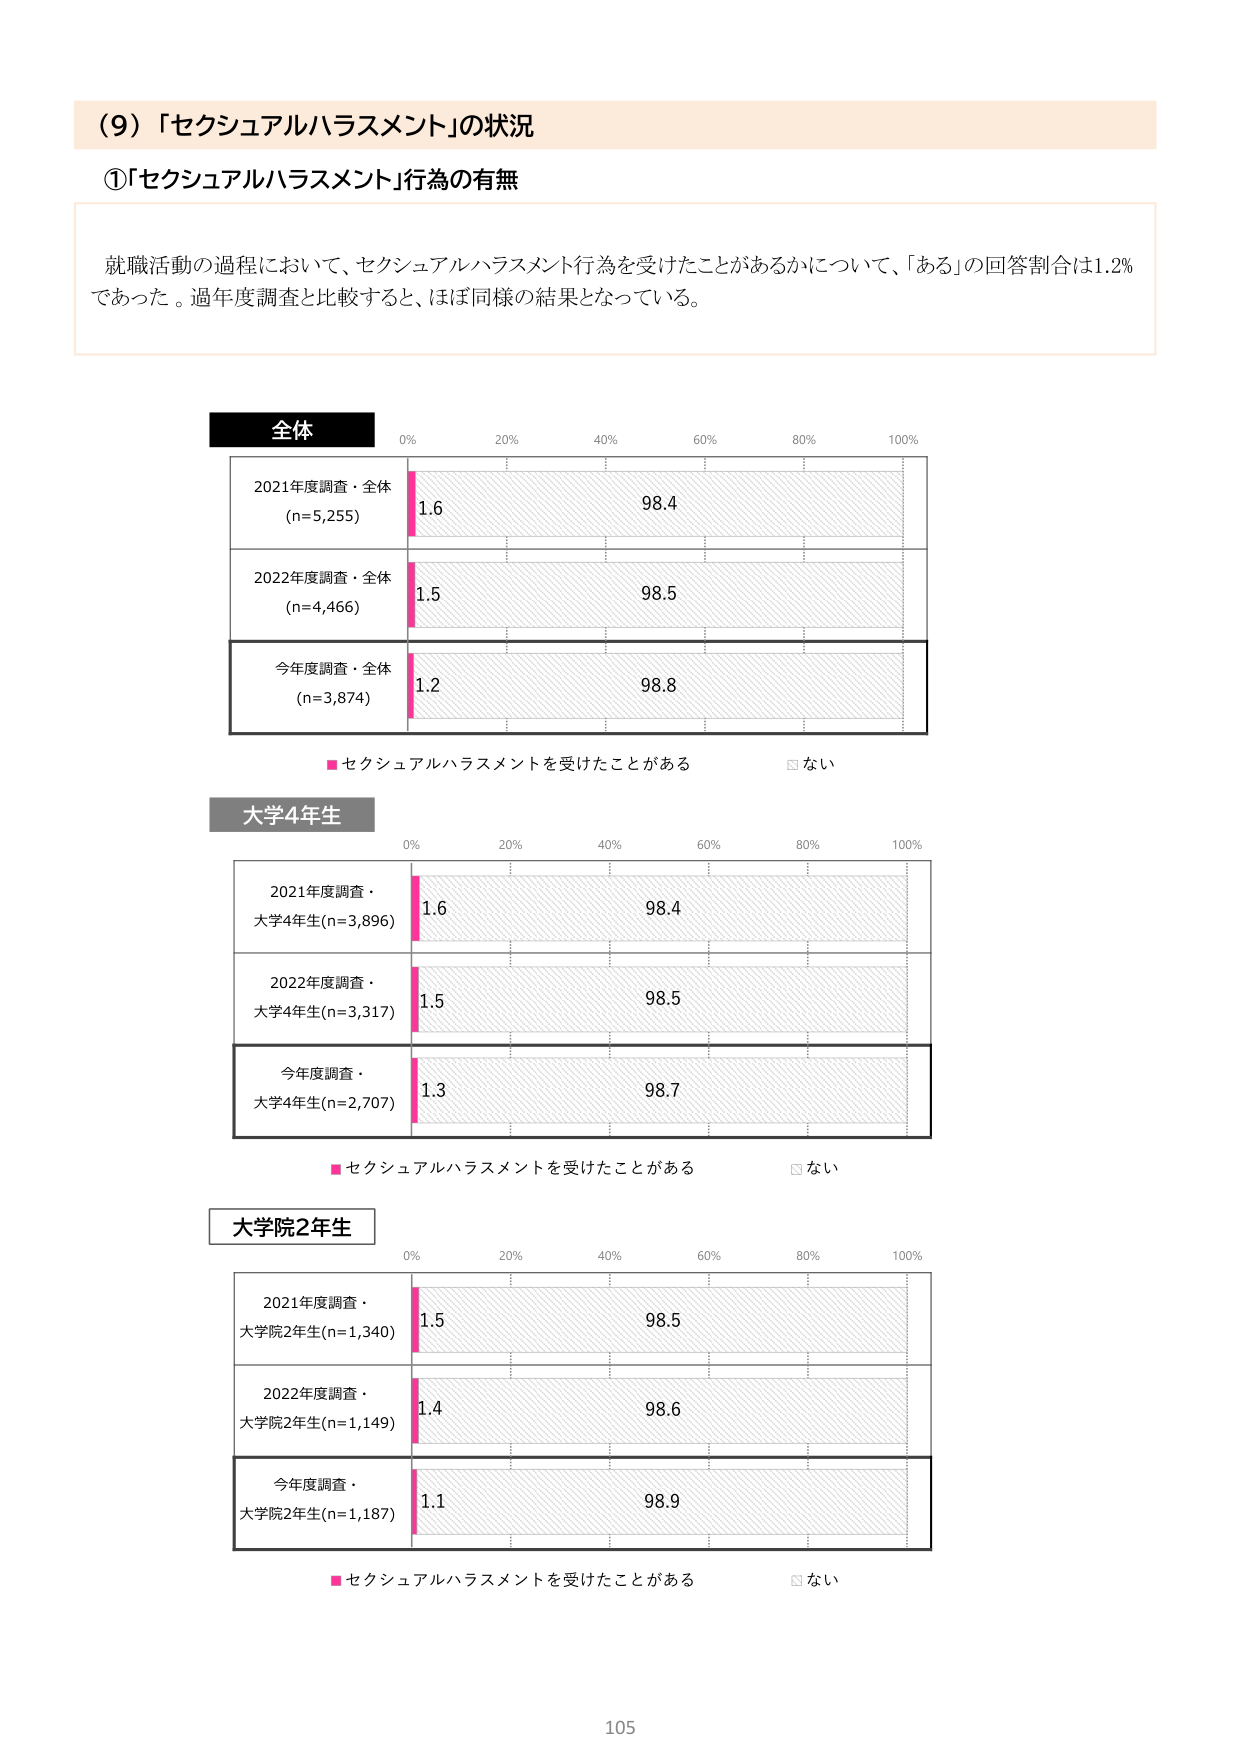
(9) 「セクシャルハラスメント」の状況

①「セクシャルハラスメント」行為の有無

就職活動の過程において、セクシャルハラスメント行為を受けたことがあるかについて、「ある」の回答割合は1.2%であった。過年度調査と比較すると、ほぼ同様の結果となっている。

全体
0% 20% 40% 60% 80% 100%
2021年度調査・全体 (n=5,255) 1.6 98.4
2022年度調査・全体 (n=4,466) 1.5 98.5
今年度調査・全体 (n=3,874) 1.2 98.8
■セクシャルハラスメントを受けたことがある □ない

大学4年生
0% 20% 40% 60% 80% 100%
2021年度調査・大学4年生(n=3,896) 1.6 98.4
2022年度調査・大学4年生(n=3,317) 1.5 98.5
今年度調査・大学4年生(n=2,707) 1.3 98.7
■セクシャルハラスメントを受けたことがある □ない

大学院2年生
0% 20% 40% 60% 80% 100%
2021年度調査・大学院2年生(n=1,340) 1.5 98.5
2022年度調査・大学院2年生(n=1,149) 1.4 98.6
今年度調査・大学院2年生(n=1,187) 1.1 98.9
■セクシャルハラスメントを受けたことがある □ない

105